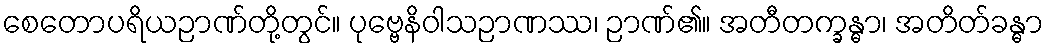
စေတောပရိယဉာဏ်တို့တွင်။ ပုဗ္ဗေနိဝါသဉာဏဿ၊ ဉာဏ်၏။ အတီတက္ခန္ဓာ၊ အတိတ်ခန္ဓာ